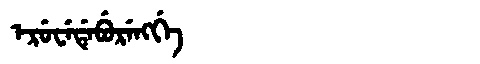
Manchu: ᡝᡵᡠᠸᡝᡩᡝᠪᡠᡵᡝᠩᡤᡝ
Romanization: ERUWEDEBURENGGE